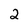
Character: 2